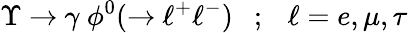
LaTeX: \Upsilon\ {\rightarrow}\ \gamma\ \phi^{0}({\rightarrow}\ \ell^{+}\ell^{-})\ \ \ ;\ \ \ \ell=e,\mu,\tau